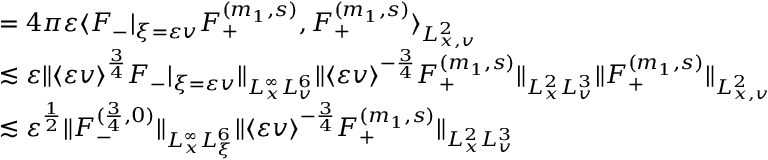
\begin{array} { r l } & { = 4 \pi \varepsilon \langle F _ { - } | _ { \xi = \varepsilon v } F _ { + } ^ { ( m _ { 1 } , s ) } , F _ { + } ^ { ( m _ { 1 } , s ) } \rangle _ { L _ { x , v } ^ { 2 } } } \\ & { \lesssim \varepsilon \| \langle \varepsilon v \rangle ^ { \frac { 3 } { 4 } } F _ { - } | _ { \xi = \varepsilon v } \| _ { L _ { x } ^ { \infty } L _ { v } ^ { 6 } } \| \langle \varepsilon v \rangle ^ { - \frac { 3 } { 4 } } F _ { + } ^ { ( m _ { 1 } , s ) } \| _ { L _ { x } ^ { 2 } L _ { v } ^ { 3 } } \| F _ { + } ^ { ( m _ { 1 } , s ) } \| _ { L _ { x , v } ^ { 2 } } } \\ & { \lesssim \varepsilon ^ { \frac { 1 } { 2 } } \| F _ { - } ^ { ( \frac { 3 } { 4 } , 0 ) } \| _ { L _ { x } ^ { \infty } L _ { \xi } ^ { 6 } } \| \langle \varepsilon v \rangle ^ { - \frac { 3 } { 4 } } F _ { + } ^ { ( m _ { 1 } , s ) } \| _ { L _ { x } ^ { 2 } L _ { v } ^ { 3 } } } \end{array}